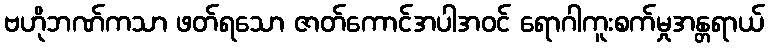
ဗဟိုဘဏ်ကသာ ဖတ်ရသော ဇာတ်ကောင်အပါအဝင် ရောဂါကူးစက်မှုအန္တရာယ်